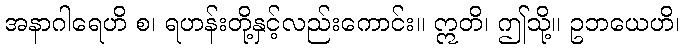
အနာဂါရေဟိ စ၊ ရဟန်းတို့နှင့်လည်းကောင်း။ ဣတိ၊ ဤသို့။ ဥဘယေဟိ၊